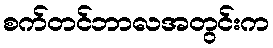
စက်တင်ဘာလအတွင်းက